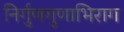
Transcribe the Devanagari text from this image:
निर्गुणगुणाभिराग